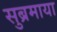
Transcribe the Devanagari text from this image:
सुब्रमाया